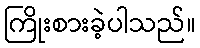
ကြိုးစားခဲ့ပါသည်။